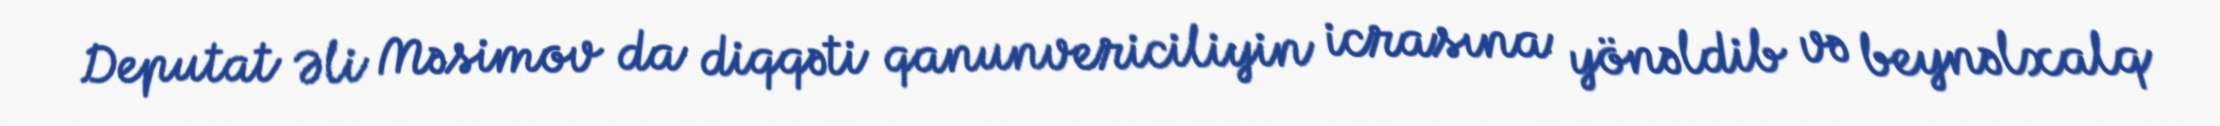
Deputat Əli Məsimov da diqqəti qanunvericiliyin icrasına yönəldib və beynəlxalq